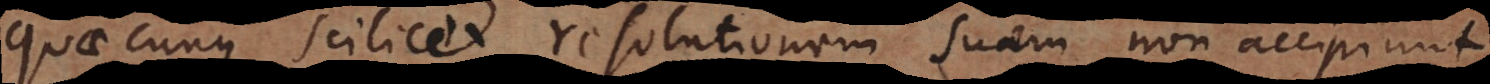
quaecunque scilicet resolutionem suam non accipiunt